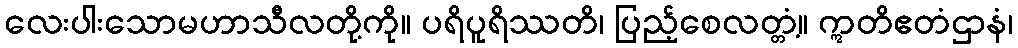
လေးပါးသောမဟာသီလတို့ကို။ ပရိပူရိဿတိ၊ ပြည့်စေလတ္တံ့။ ဣတိဧတံဌာနံ၊